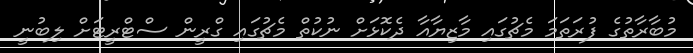
މުބާރާތުގެ ފުރަތަމަ މެޗުގައި މާޒިޔާއާ ދެކޮޅަށް ނުކުތް މެޗުގައި ގްރީން ސްޓްރީޓަށް ލިބުނީ